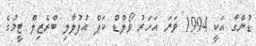
ޑުންގާ އަކީ 1994 ވަނަ އަހަރު ވޯލްޑް ކަޕް އުފުލާލި ބްރެޒިލް ޓީމުގެ